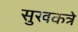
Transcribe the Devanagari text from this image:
सुखकत्रे